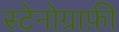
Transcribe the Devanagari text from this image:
स्टेनोग्राफ़ी